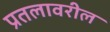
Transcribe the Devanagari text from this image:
प्रतलावरील